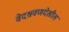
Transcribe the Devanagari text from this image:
वेदश्रवणदेखील